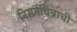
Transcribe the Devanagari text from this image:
निसर्गचित्राची